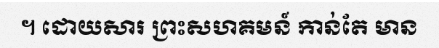
។ ដោយសារ ព្រះសហគមន៍ កាន់តែ មាន